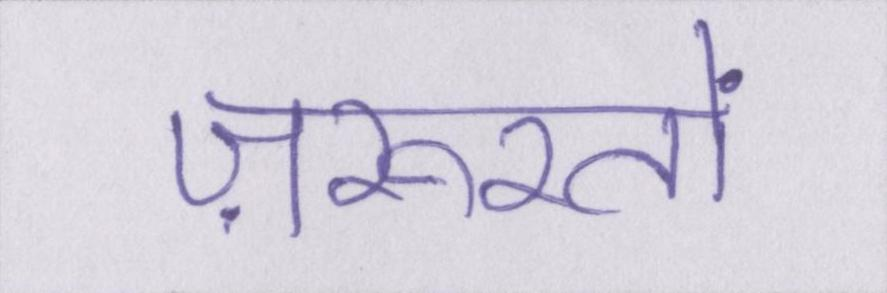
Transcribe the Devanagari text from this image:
ज़रूरतों